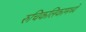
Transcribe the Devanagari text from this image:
रुचिकलिकामध्ये